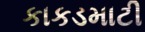
કાકડમાટી